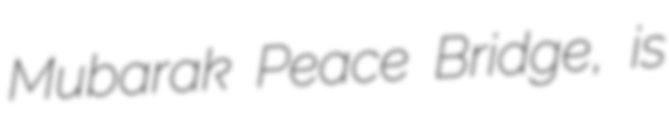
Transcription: Mubarak Peace Bridge, is